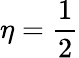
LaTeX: \eta=\frac{1}{2}